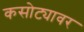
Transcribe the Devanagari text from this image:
कसोट्यावर